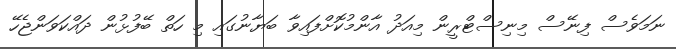
ނަމަވެސް ފިނޭސް މިނިސްޓްރީން މިއަދު އާންމުކޮށްފައިވާ ބަޔާނުގައި މި ހަތް ބޭފުޅުން ދައްކަވަންޖެހޭ